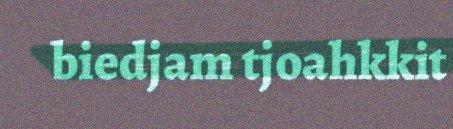
biedjam tjoahkkit